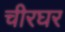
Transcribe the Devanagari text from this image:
चीरघर